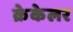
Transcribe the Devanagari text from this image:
क्रेकेलर